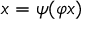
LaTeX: x = \psi ( \varphi x )